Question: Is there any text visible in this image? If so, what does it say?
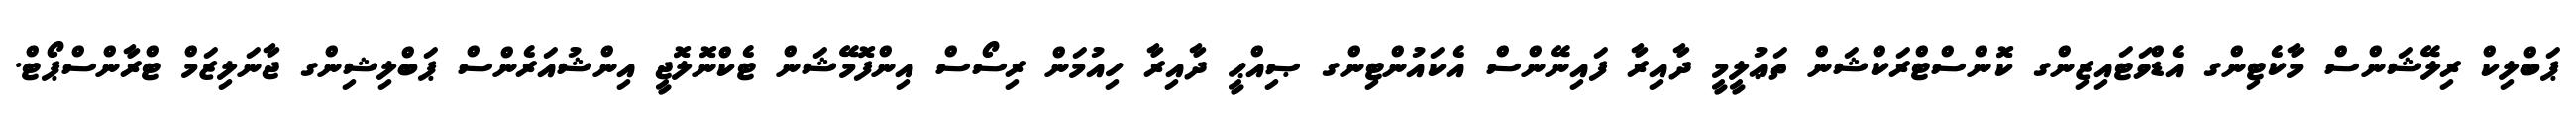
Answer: ޕަބްލިކް ރިލޭޝަންސް މާކެޓިންގ އެޑްވަޓައިޒިންގ ކޮންސްޓްރަކްޝަން ތަޢުލީމީ ދާއިރާ ފައިނޭންސް އެކައުންޓިންގ ޞިއްޙީ ދާއިރާ ހިއުމަން ރިސޯސް އިންފޮމޭޝަން ޓެކްނޮލޮޖީ އިންޝުއަރެންސް ޕަބްލިޝިންގ ޖާނަލިޒަމް ޓްރާންސްޕޯޓް.